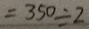
= 3 5 0 \div 2